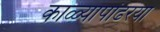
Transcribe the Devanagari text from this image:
काळ्यापांढरया